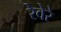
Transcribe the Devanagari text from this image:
रेवेरे